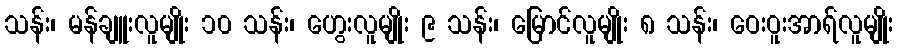
သန်း၊ မန်ချူးလူမျိုး ၁၀ သန်း၊ ဟွေးလူမျိုး ၉ သန်း၊ မြောင်လူမျိုး ၈ သန်း၊ ဝေးဝူးအာရ်လူမျိုး